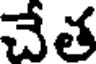
చేత